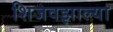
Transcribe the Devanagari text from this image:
शिजवझाल्या